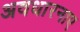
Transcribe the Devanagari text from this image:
अवधारनाए